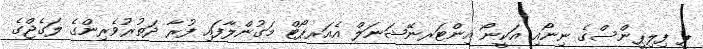
ޕީ ފިލިޕީންސްގެ ނިނޯއި އަކީނޯ އިންޓަރނޭޝަނަލް އެއަރޕޯޓް މަގުންލާފައި ފުރާ ދަތުރުވެރިންގެ ލަގެޖްގެ